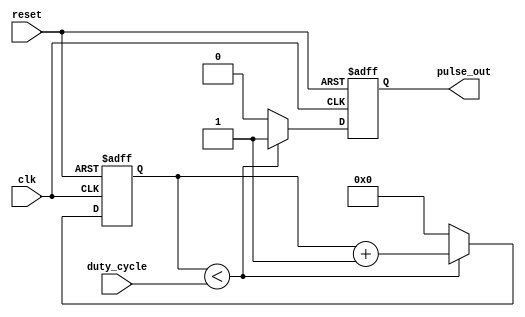
module DutyCyclePulseGenerator (
    input wire clk, // clock input
    input wire reset, // global reset input
    input wire duty_cycle, // duty cycle input
    output reg pulse_out // output pulse signal
);

reg [15:0] counter = 16'h8000; // 50% duty cycle initially
reg [3:0] duty_count = 4'b0000; // duty cycle counter

always @(posedge clk or posedge reset) begin
    if (reset) begin
        counter <= 16'h8000; // reset counter
        duty_count <= 4'b0000; // reset duty count
        pulse_out <= 1'b0; // initialize pulse output
    end else begin
        if (duty_count < duty_cycle) begin
            pulse_out <= 1'b1; // pulse high
            duty_count <= duty_count + 1; // increment duty count
        end else begin
            pulse_out <= 1'b0; // pulse low
            duty_count <= 4'b0000; // reset duty count
        end
        
        counter <= counter - 1; // decrement counter
        if (counter == 0) begin
            counter <= 16'h8000; // reset counter
        end
    end
end

endmodule